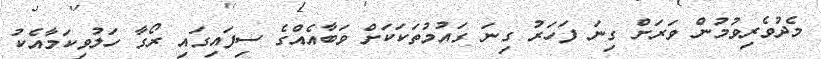
މެދުވެރިވުމުން ވަރަށް ގިނަ ފަހަރު ގިނަ ގައުމުތަކަކަށް ވަބާއެއްގެ ސިފައިގައި ރޯގާ ހަލުވިކަމާއެކު